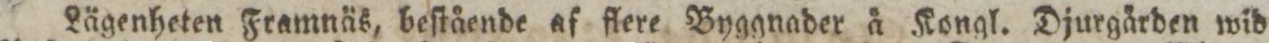
Lägenheten Framnäs, beſtående af flere Byggnader å Kongl. Djurgården wid